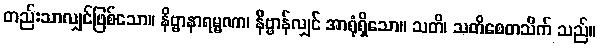
တည်းသာလျှင်ဖြစ်သော။ နိဗ္ဗာနာရမ္မဏာ၊ နိဗ္ဗာန်လျှင် အာရုံရှိသော။ သတိ၊ သတိစေတသိက် သည်။